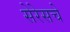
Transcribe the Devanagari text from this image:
सेरेसचे